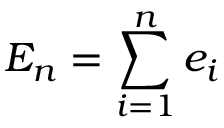
E _ { n } = \sum _ { i = 1 } ^ { n } e _ { i }